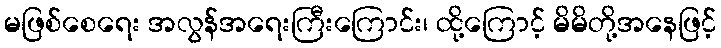
မဖြစ်စေရေး အလွန်အရေးကြီးကြောင်း၊ ထို့ကြောင့် မိမိတို့အနေဖြင့်